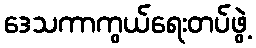
ဒေသကာကွယ်ရေးတပ်ဖွဲ့